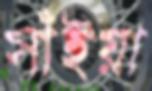
সাঁইয়া